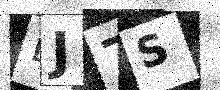
Text: BJ7S